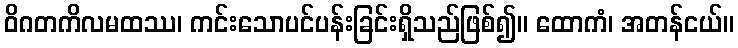
ဝိဂတကိလမထဿ၊ ကင်းသောပင်ပန်းခြင်းရှိသည်ဖြစ်၍။ ထောကံ၊ အတန်ငယ်။